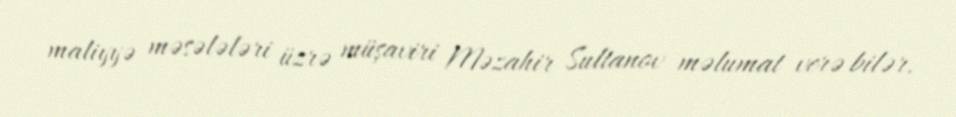
maliyyə məsələləri üzrə müşaviri Məzahir Sultanov məlumat verə bilər.